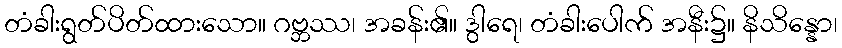
တံခါးရွတ်ပိတ်ထားသော။ ဂဗ္ဘဿ၊ အခန်း၏။ ဒွါရေ၊ တံခါးပေါက် အနီး၌။ နိသိန္နော၊